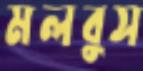
মলবুস